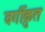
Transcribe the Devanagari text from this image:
वर्गीक्रुत